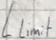
Text: Llimit